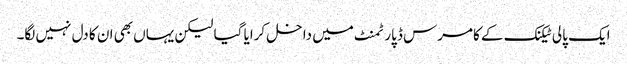
ایک پالی ٹیکنک کے کامرس ڈپارٹمنٹ میں داخل کرایا گیا لیکن یہاں بھی ان کا دل نہیں لگا۔